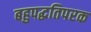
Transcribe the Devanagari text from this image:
बहुपद्धतिपरक